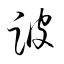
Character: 跛